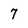
Character: 7